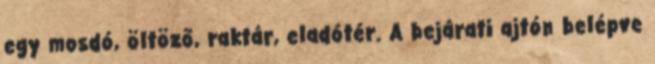
egy mosdó, öltöző, raktár, eladótér. A bejárati ajtón belépve